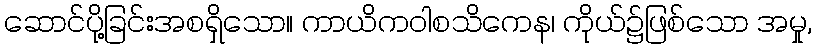
ဆောင်ပို့ခြင်းအစရှိသော။ ကာယိကဝါစသိကေန၊ ကိုယ်၌ဖြစ်သော အမှု,